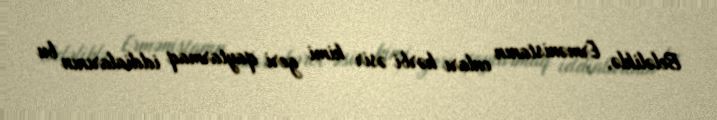
Beləliklə, Ermənistanın onları hərbi əsir kimi geri qaytarmaq iddialarının bu